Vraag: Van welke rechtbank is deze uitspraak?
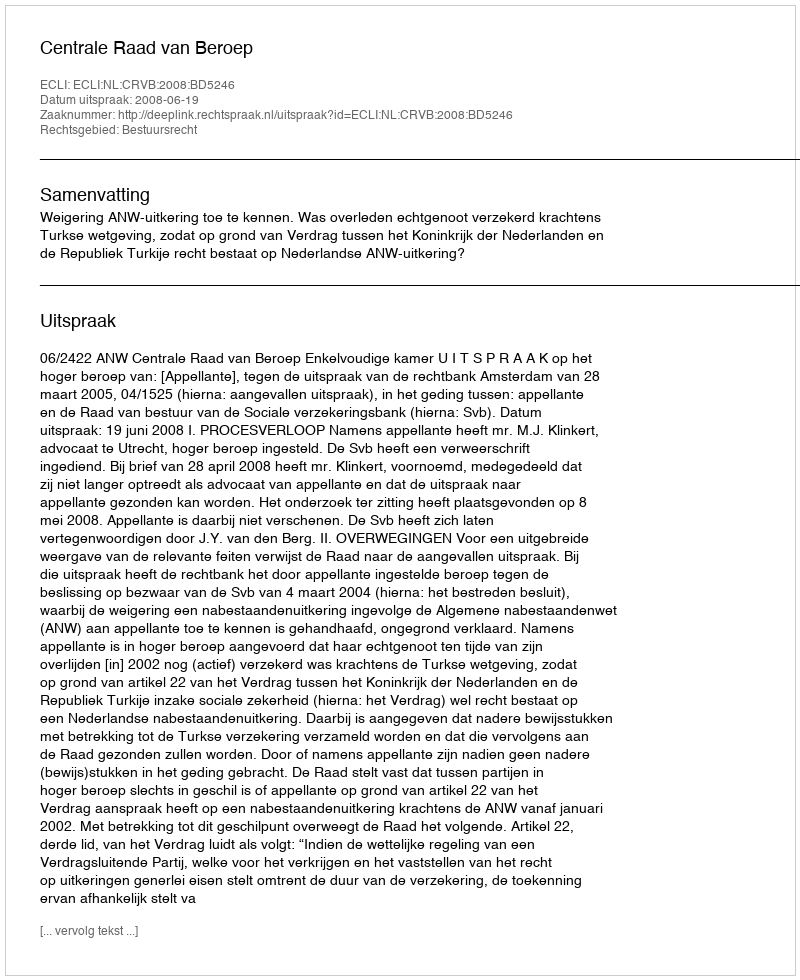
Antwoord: Centrale Raad van Beroep